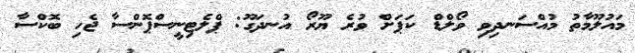
މައުލޫމާތު މުއްސަނދިވި ވޯލްޑް ކަޕަށް ވުރެ ޔޫރޯ އުނދަގޫ: ޕްލެޓިނީސްޕޮންސާ ޖެހި ބޮކްސާ